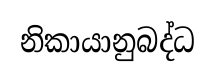
නිකායානුබද්ධ